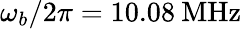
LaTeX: \omega_{b}/2\pi=10.08\mathrm{\: MHz}